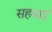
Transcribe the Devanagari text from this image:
सहबाई